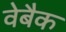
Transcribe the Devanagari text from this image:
वेबैक